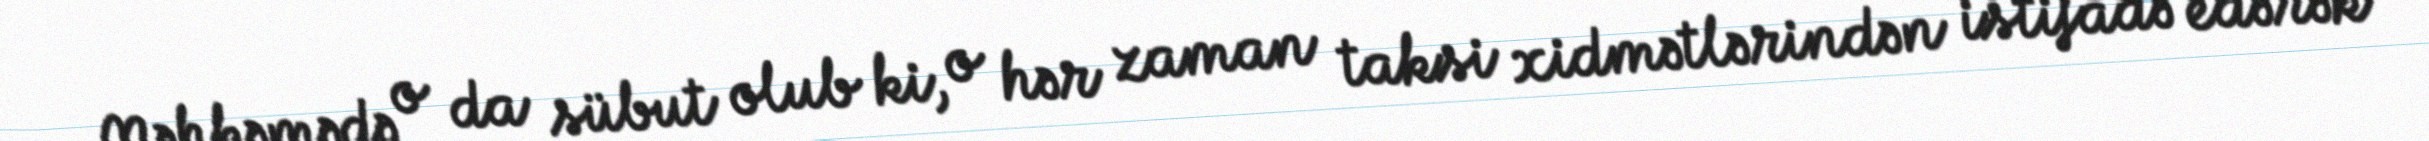
Məhkəmədə o da sübut olub ki, o hər zaman taksi xidmətlərindən istifadə edərək